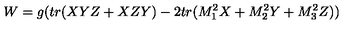
W = g ( t r ( X Y Z + X Z Y ) - 2 t r ( M _ { 1 } ^ { 2 } X + M _ { 2 } ^ { 2 } Y + M _ { 3 } ^ { 2 } Z ) )